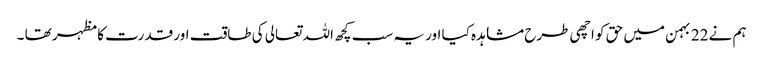
ہم نے 22 بہمن میں حق کو اچھی طرح مشاہدہ کیا اور یہ سب کچھ اللہ تعالی کی طاقت اور قدرت کا مظہر تھا ۔